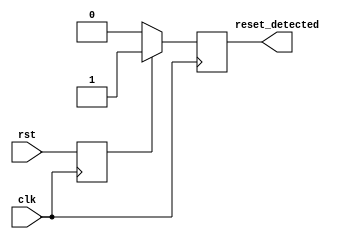
module sync_reset_detector (
    input wire clk,               // System clock
    input wire rst,               // Reset signal
    output reg reset_detected     // Output signal indicating reset state
);

// Internal register to hold the last known state of the reset signal
reg rst_reg;

// Synchronous process to capture the reset state on the rising edge of the clock
always @(posedge clk) begin
    // Capture the reset signal
    rst_reg <= rst;

    // Update the reset_detected output based on the captured reset state
    if (rst_reg) begin
        reset_detected <= 1'b1;  // Set output high if reset is asserted
    end else begin
        reset_detected <= 1'b0;  // Set output low if reset is de-asserted
    end
end

endmodule